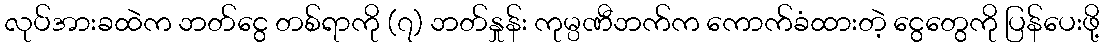
လုပ်အားခထဲက ဘတ်ငွေ တစ်ရာကို (၇) ဘတ်နှုန်း ကုမ္ပဏီဘက်က ကောက်ခံထားတဲ့ ငွေတွေကို ပြန်ပေးဖို့